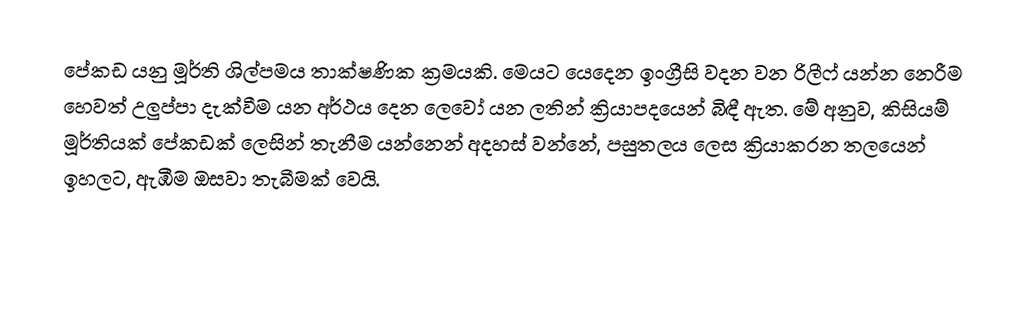
පේකඩ යනු මූර්ති ශිල්පමය තාක්ෂණික ක්‍රමයකි. මෙයට යෙදෙන ඉංග්‍රීසි වදන වන රිලීෆ් යන්න නෙරීම හෙවත් උලුප්පා දැක්වීම යන අර්ථය දෙන  ලෙවෝ යන ලතින් ක්‍රියාපදයෙන් බිඳී ඇත. මේ අනුව,  කිසියම් මූර්තියක් පේකඩක් ලෙසින් තැනීම යන්නෙන් අදහස් වන්නේ,  පසුතලය ලෙස ක්‍රියාකරන තලයෙන් ඉහලට, ඇඹීම ඔසවා තැබීමක් වෙයි.